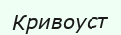
Кривоуст